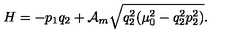
H = - p _ { 1 } q _ { 2 } + { \cal A } _ { m } \sqrt { q _ { 2 } ^ { 2 } ( \mu _ { 0 } ^ { 2 } - q _ { 2 } ^ { 2 } p _ { 2 } ^ { 2 } ) } { . }